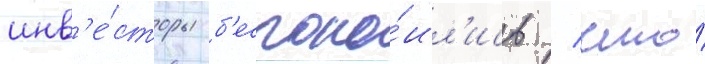
инв'е́сторы б'еспоко́ил'ись / что́